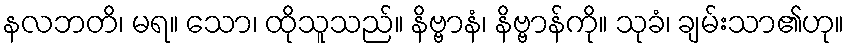
နလဘတိ၊ မရ။ သော၊ ထိုသူသည်။ နိဗ္ဗာနံ၊ နိဗ္ဗာန်ကို။ သုခံ၊ ချမ်းသာ၏ဟု။